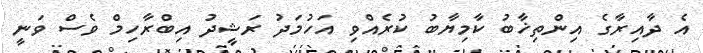
އެ ދާއިރާގެ އިންތިޚާބު ކާމިޔާބު ކުރެއްވި އަހުމަދު ރަޝީދު އިބްރާހިމް ވެސް ވަނީ